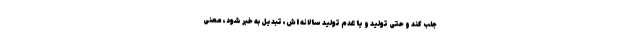
جلب کند و حتی تولید و یا عدم تولید سالانه اش، تبدیل به خبر شود، معنی